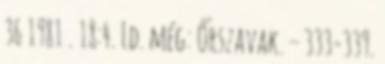
36 1981 . 18:4. Ld. még: Őrszavak. – 333-339.